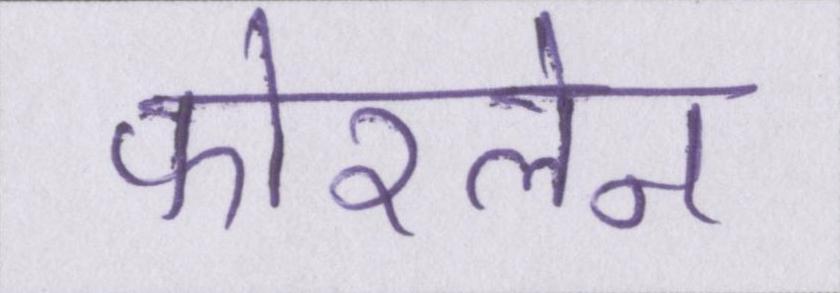
फोरलेन